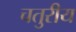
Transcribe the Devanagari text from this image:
चतुरीय